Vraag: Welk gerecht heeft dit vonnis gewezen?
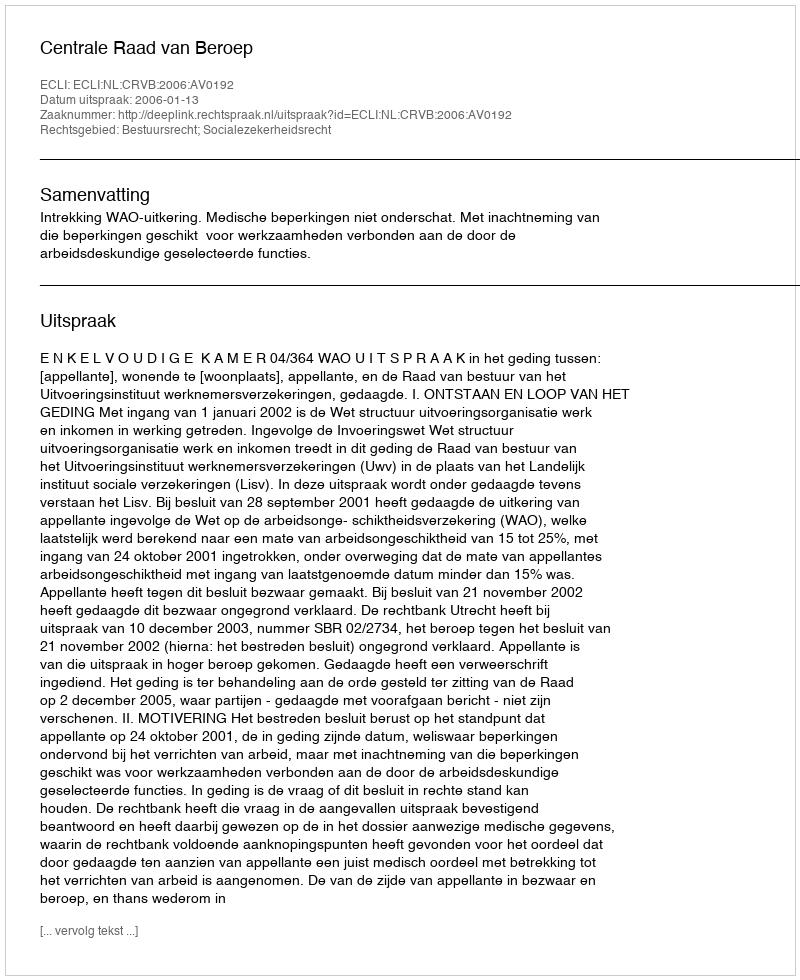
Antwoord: Centrale Raad van Beroep